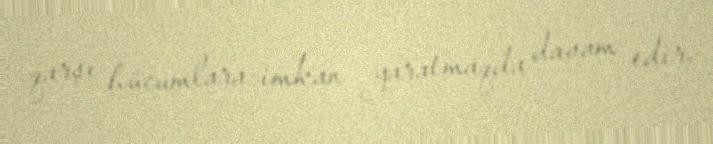
qarşı hücumlara imkan yaratmaqda davam edir.